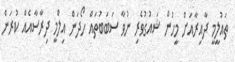
ތައުލީމީ ދާއިރާއަށް މީހުން ޝައުގުވެރި ނުވާ ސަބަބުތައް ހޯދަން އިލްމީ ދިރާސާއެއް ކުރަން